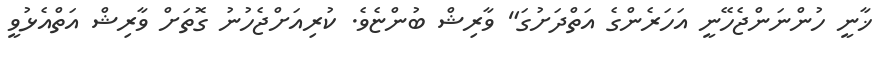
ޚާނީ ހުންނަންޖެހޭނީ އަހަރެންގެ އަތްދަށުގަ" ވާރިޝް ބުންޏެވެ. ކުރިއަށްޖެހުނު ގޮތަށް ވާރިޝް އަތްއެޅުވީ